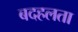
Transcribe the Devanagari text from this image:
बदहलता